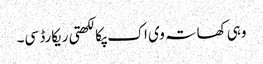
وہی کھاتہ وی اک پکا لکھتی ریکارڈ سی۔